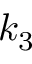
k _ { 3 }